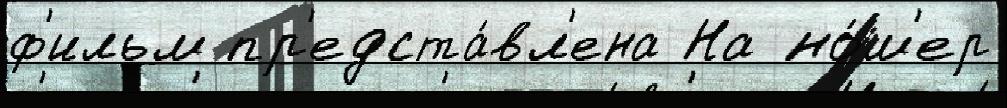
ф'ильм пр'едста́вл'ена На но́м'ер